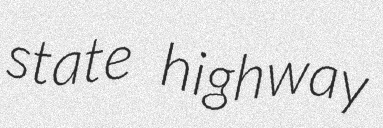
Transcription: state highway